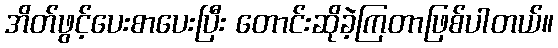
အိတ်ဖွင့်ပေးစာပေးပြီး တောင်းဆိုခဲ့ကြတာဖြစ်ပါတယ်။